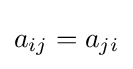
a_{ij}=a_{ji}